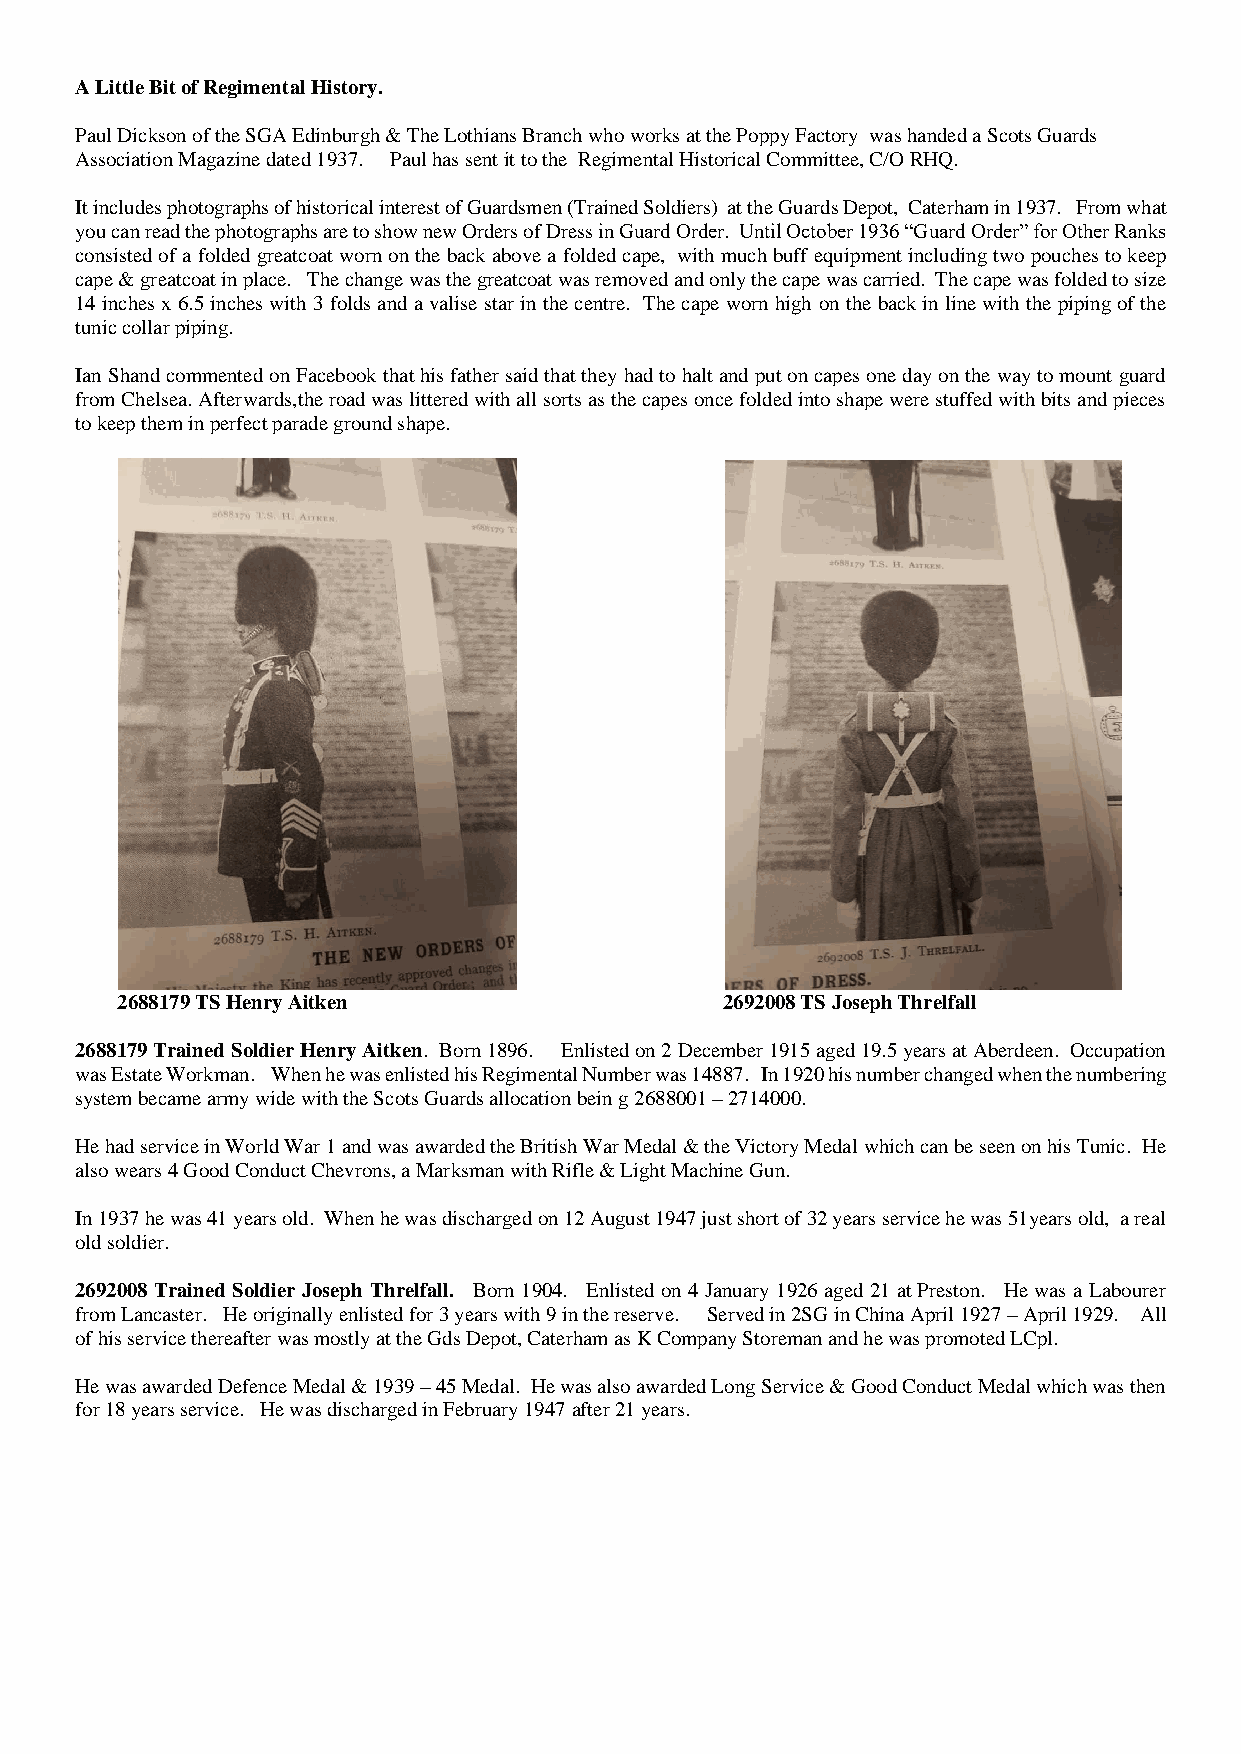
A Little Bit of Regimental History.
 Paul Dickson of the SGA Edinburgh & The Lothians Branch who works at the Poppy Factory was handed a Scots Guards
 Association Magazine dated 1937. Paul has sent it to the Regimental Historical Committee, C/O RHQ.
 It includes photographs of historical interest of Guardsmen (Trained Soldiers) at the Guards Depot, Caterham in 1937. From what
 you can read the photographs are to show new Orders of Dress in Guard Order. Until October 1936 “Guard Order” for Other Ranks
 consisted of a folded greatcoat worn on the back above a folded cape, with much buff equipment including two pouches to keep
 cape & greatcoat in place. The change was the greatcoat was removed and only the cape was carried. The cape was folded to size
 14 inches x 6.5 inches with 3 folds and a valise star in the centre. The cape worn high on the back in line with the piping of the
 tunic collar piping.
 Ian Shand commented on Facebook that his father said that they had to halt and put on capes one day on the way to mount guard
 from Chelsea. Afterwards,the road was littered with all sorts as the capes once folded into shape were stuffed with bits and pieces
 to keep them in perfect parade ground shape.
 2688179 TS Henry Aitken                 2692008 TS Joseph Threlfall
 2688179 Trained Soldier Henry Aitken. Born 1896. Enlisted on 2 December 1915 aged 19.5 years at Aberdeen. Occupation
 was Estate Workman. When he was enlisted his Regimental Number was 14887. In 1920 his number changed when the numbering
 system became army wide with the Scots Guards allocation bein g 2688001 – 2714000.
 He had service in World War 1 and was awarded the British War Medal & the Victory Medal which can be seen on his Tunic. He
 also wears 4 Good Conduct Chevrons, a Marksman with Rifle & Light Machine Gun.
 In 1937 he was 41 years old. When he was discharged on 12 August 1947 just short of 32 years service he was 51years old, a real
 old soldier.
 2692008 Trained Soldier Joseph Threlfall. Born 1904. Enlisted on 4 January 1926 aged 21 at Preston. He was a Labourer
 from Lancaster. He originally enlisted for 3 years with 9 in the reserve. Served in 2SG in China April 1927 – April 1929. All
 of his service thereafter was mostly at the Gds Depot, Caterham as K Company Storeman and he was promoted LCpl.
 He was awarded Defence Medal & 1939 – 45 Medal. He was also awarded Long Service & Good Conduct Medal which was then
 for 18 years service. He was discharged in February 1947 after 21 years.